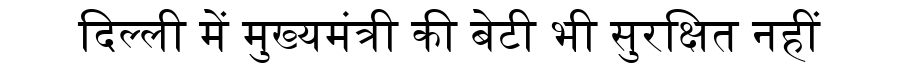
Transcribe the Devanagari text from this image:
दिल्ली में मुख्यमंत्री की बेटी भी सुरक्षित नहीं